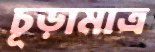
চূড়ামাত্র